Insane asylums in Bengal annual reports 1867-1875 - 1867-1875
Year: 1867
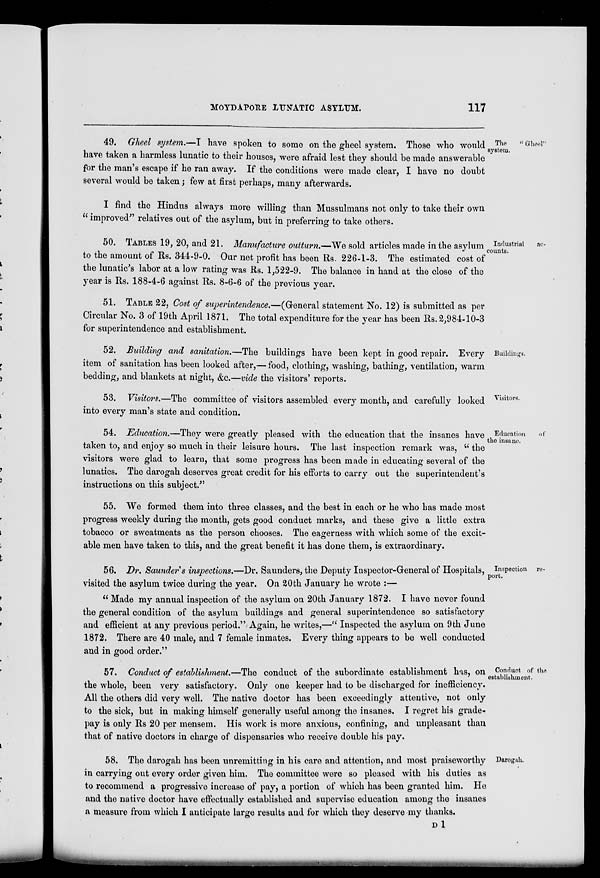
MOYDAPORE LUNATIC ASYLUM.
117
The
"Gheel"
system.
49. Gheel system.—I have spoken to some on the gheel system. Those who would
have taken a harmless lunatic to their houses, were afraid lest they should be made answerable
for the man's escape if he ran away. If the conditions were made clear, I have no doubt
several would be taken; few at first perhaps, many afterwards.
I find the Hindus always more willing than Mussulmans not only to take their own
" improved" relatives out of the asylum, but in preferring to take others.
Industrial
ac-
counts.
50. TABLES 19, 20, and 21. Manufacture outturn.—We sold articles made in the asylum
to the amount of Rs. 344-9-0. Our net profit has been Rs. 226-1-3. The estimated cost of
the lunatic's labor at a low rating was Rs. 1,522-9. The balance in hand at the close of the
year is Rs. 188-4-6 against Rs. 8-6-6 of the previous year.
51. TABLE 22, Cost of superintendence.—(General statement No. 12) is submitted as per
Circular No. 3 of 19th April 1871. The total expenditure for the year has been Rs. 2,984-10-3
for superintendence and establishment.
Buildings.
52. Building and sanitation.—The buildings have been kept in good repair. Every
item of sanitation has been looked after,—food, clothing, washing, bathing, ventilation, warm
bedding, and blankets at night, &c.—vide the visitors' reports.
Visitors.
53. Visitors.—The committee of visitors assembled every month, and carefully looked
into every man's state and condition.
Education
of
the insane.
54. Education.—They were greatly pleased with the education that the insanes have
taken to, and enjoy so much in their leisure hours. The last inspection remark was, " the
visitors were glad to learn, that some progress has been made in educating several of the
lunatics. The darogah deserves great credit for his efforts to carry out the superintendent's
instructions on this subject."
55. We formed them into three classes, and the best in each or he who has made most
progress weekly during the month, gets good conduct marks, and these give a little extra
tobacco or sweatmeats as the person chooses. The eagerness with which some of the excit-
able men have taken to this, and the great benefit it has done them, is extraordinary.
Inspection re-
port.
56. Dr. Saunder's inspections.—Dr. Saunders, the Deputy Inspector-General of Hospitals,
visited the asylum twice during the year. On 20 th January he wrote :—
" Made my annual inspection of the asylum on 20th January 1872. I have never found
the general condition of the asylum buildings and general superintendence so satisfactory
and efficient at any previous period." Again, he writes,—" Inspected the asylum on 9th June
1872. There are 40 male, and 7 female inmates. Every thing appears to be well conducted
and in good order."
Conduct of the
establishment.
57. Conduct of establishment.—The conduct of the subordinate establishment has, on
the whole, been very satisfactory. Only one keeper had to be discharged for inefficiency.
All the others did very well. The native doctor has been exceedingly attentive, not only
to the sick, but in making himself generally useful among the insanes. I regret his grade-
pay is only Rs 20 per mensem. His work is more anxious, confining, and unpleasant than
that of native doctors in charge of dispensaries who receive double his pay.
Darogah.
58. The darogah has been unremitting in his care and attention, and most praiseworthy
in carrying out every order given him. The committee were so pleased with his duties as
to recommend a progressive increase of pay, a portion of which has been granted him. He
and the native doctor have effectually established and supervise education among the insanes
a measure from which I anticipate large results and for which they deserve my thanks.
D 1